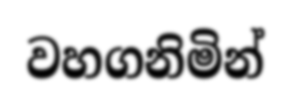
වහගනිමින්